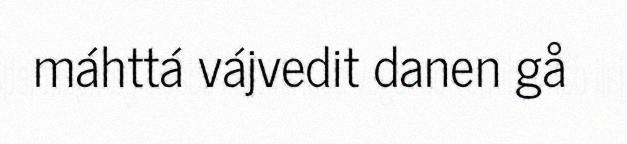
máhttá vájvedit danen gå